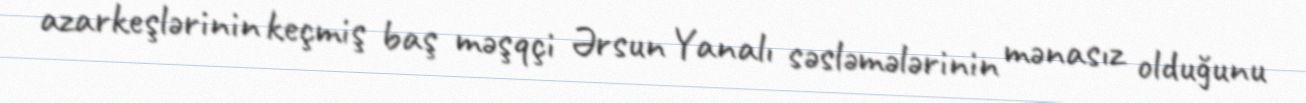
azarkeşlərinin keçmiş baş məşqçi Ərsun Yanalı səsləmələrinin mənasız olduğunu